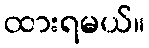
ထားရမယ်။